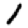
Digit: 1